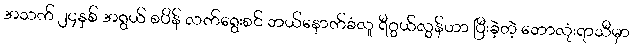
အသက် ၂၄နှစ် အရွယ် စပိန် လက်ရွေးစင် ဘယ်နောက်ခံလူ ရီဂွယ်လွန်ဟာ ပြီးခဲ့တဲ့ ဘောလုံးရာသီမှာ